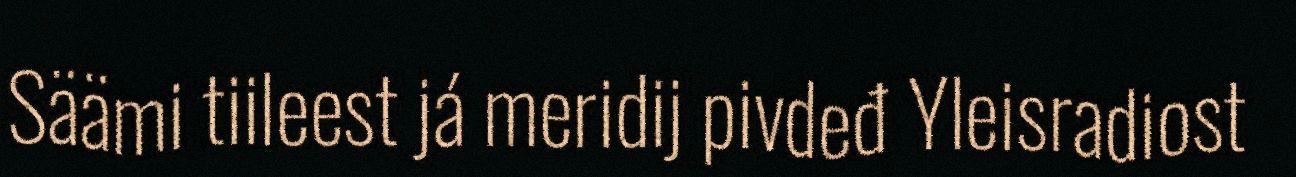
Säämi tiileest já meridij pivdeđ Yleisradiost